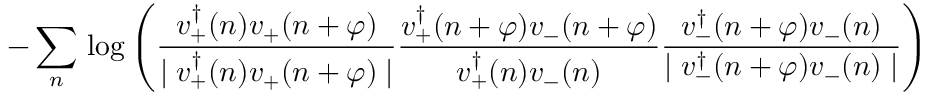
- \sum _ { n } \, \log \left( \frac { v _ { + } ^ { \dagger } ( n ) v _ { + } ( n + \varphi ) } { \mid v _ { + } ^ { \dagger } ( n ) v _ { + } ( n + \varphi ) \mid } \frac { v _ { + } ^ { \dagger } ( n + \varphi ) v _ { - } ( n + \varphi ) } { v _ { + } ^ { \dagger } ( n ) v _ { - } ( n ) } \frac { v _ { - } ^ { \dagger } ( n + \varphi ) v _ { - } ( n ) } { \mid v _ { - } ^ { \dagger } ( n + \varphi ) v _ { - } ( n ) \mid } \right)